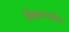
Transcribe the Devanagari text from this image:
विश्वभरातील